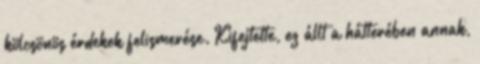
kölcsönös érdekek felismerése. Kifejtette, ez állt a hátterében annak,